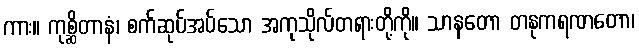
ကား။ ကုစ္ဆိတာနံ၊ စက်ဆုပ်အပ်သော အကုသိုလ်တရားတို့ကို။ သာနတော တနုကရဏတော၊